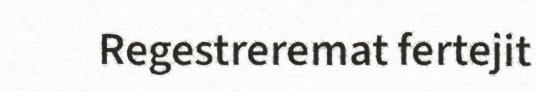
Regestreremat fertejit